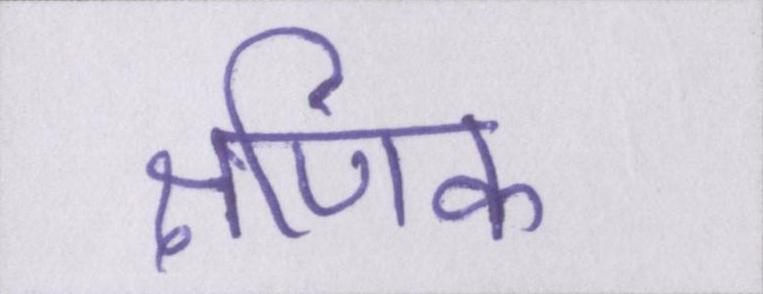
क्षणिक